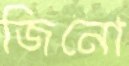
জিনো